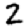
Digit: 2